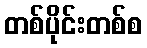
တစ်ပိုင်းတစ်စ